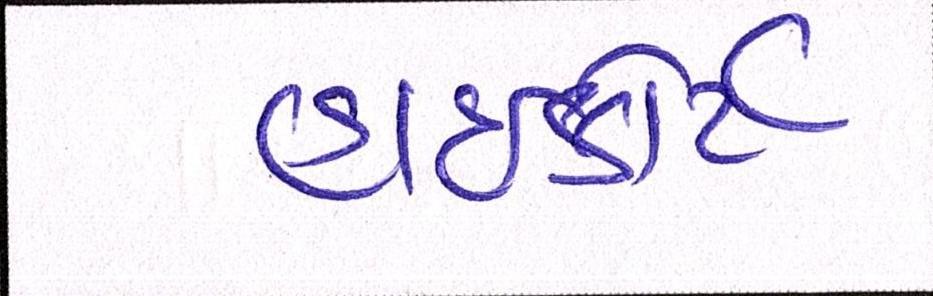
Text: હાઈકોર્ટ